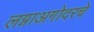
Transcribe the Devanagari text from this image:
लग्नाअगोदरचे